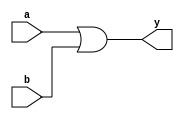
// Module For Boolean Or
// @sprsr
//////////////////////////////////////////////////
module OR_GATE(input a, input b, output y);
    assign y = a | b;
endmodule